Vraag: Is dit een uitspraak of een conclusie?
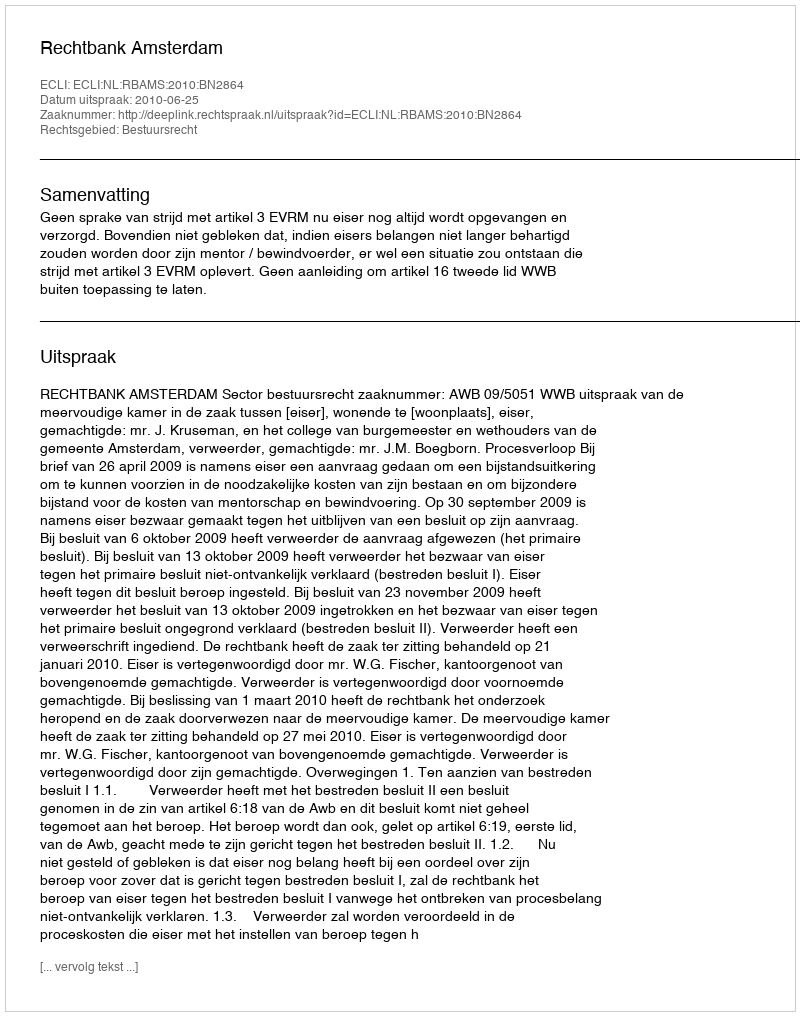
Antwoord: Uitspraak